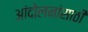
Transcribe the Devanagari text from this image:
आंदोलनांसाठी